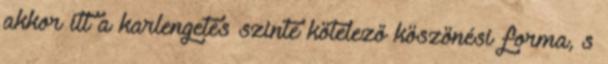
akkor itt a karlengetés szinte kötelező köszönési forma, s